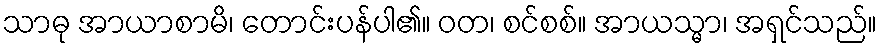
သာဓု အာယာစာမိ၊ တောင်းပန်ပါ၏။ ဝတ၊ စင်စစ်။ အာယသ္မာ၊ အရှင်သည်။